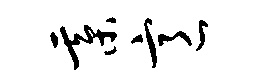
綦意